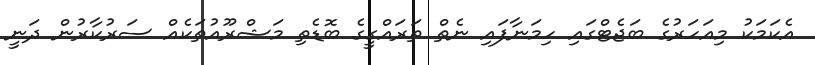
އެކަމަކު މިއަހަރުގެ ބަޖެޓްގައި ހިމަނާފައި ނެތް ތަރައްގީގެ ބޮޑެތި މަޝްރޫއުތަކެއް ސަރުކާރުން ދަނީ